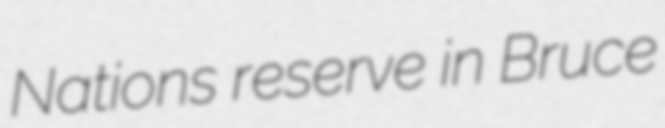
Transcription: Nations reserve in Bruce